Report of the Indian Hemp Drugs Commission, 1894-1895 - Volume IV
Year: 1894
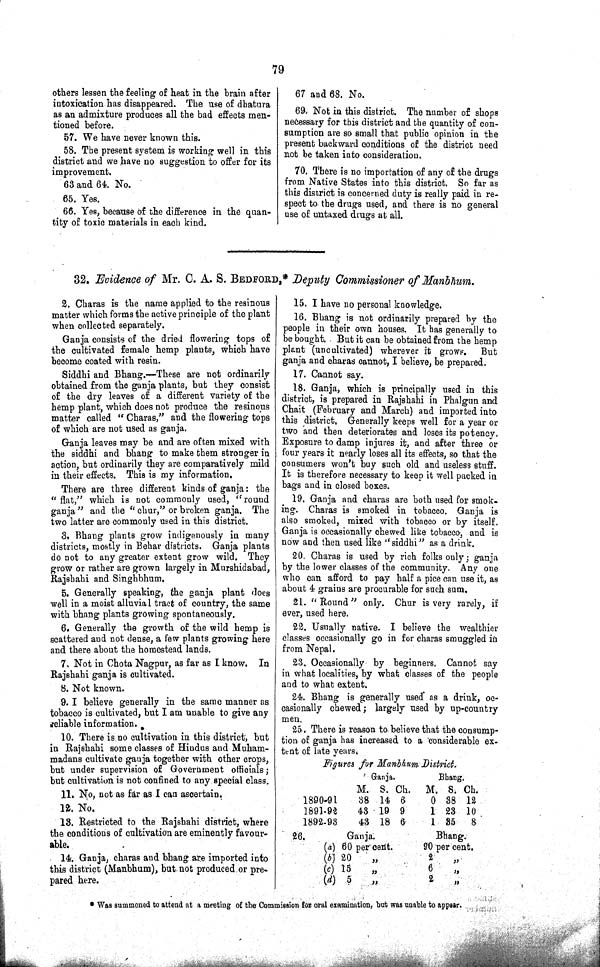
79
others lessen the feeling of heat in the brain after
intoxication has disappeared. The use of dhatura
as an admixture produces all the bad effects men¬
tioned before.
57. We have never known this.
58. The present system is working well in this
district and we have no suggestion to offer for its
improvement.
63 and 64. No.
65. Yes.
66. Yes, because of the difference in the quan¬
tity of toxic materials in each kind.
67 and 68. No.
69. Not in this district. The number of shops
necessary for this district and the quantity of con¬
sumption are so small that public opinion in the
present backward conditions of the district need
not be taken into consideration.
70. There is no importation of any of the drugs
from Native States into this district. So far as
this district is concerned duty is really paid in re¬
spect to the drugs used, and there is no general
use of untaxed drugs at all.
32. Evidence of Mr. C. A. S. BEDFORD,* Deputy Commissioner of Manbhum.
2. Charas is the name applied to the resinous
matter which forms the active principle of the plant
when collected separately.
Ganja consists of the dried flowering tops of
the cultivated female hemp plants, which have
become coated with resin.
Siddhi and Bhang.—These are not ordinarily
obtained from the ganja plants, but they consist
of the dry leaves of a different variety of the
hemp plant, which does not produce the resinous
matter called "Charas," and the flowering tops
of which are not used as ganja.
Ganja leaves may be and are often mixed with
the siddhi and bhang to make them stronger in
action, but ordinarily they are comparatively mild
in their effects. This is my information.
There are three different kinds of ganja: the
"flat," which is not commonly used, "round
ganja" and the "chur," or broken ganja. The
two latter are commonly used in this district.
3. Bhang plants grow indigenously in many
districts, mostly in Behar districts. Ganja plants
do not to any greater extent grow wild. They
grow or rather are grown largely in Murshidabad,
Rajshahi and Singhbhum.
5. Generally speaking, the ganja plant does
well in a moist alluvial tract of country, the same
with bhang plants growing spontaneously.
6. Generally the growth of the wild hemp is
scattered and not dense, a few plants growing here
and there about the homestead lands.
7. Not in Chota Nagpur, as far as I know. In
Rajshahi ganja is cultivated.
8. Not known.
9. I believe generally in the same manner as
tobacco is cultivated, but I am unable to give any
reliable information.
10. There is no cultivation in this district, but
in Rajshahi some classes of Hindus and Muham-
madans cultivate ganja together with other crops,
but under supervision of Government officials;
but cultivation is not confined to any special class.
11. No, not as far as I can ascertain.
12. No.
13. Restricted to the Rajshahi district, where
the conditions of cultivation are eminently favour¬
able.
14. Ganja, charas and bhang are imported into
this district (Manbhum), but not produced or pre¬
pared here.
15. I have no personal knowledge.
16. Bhang is not ordinarily prepared by the
people in their own houses. It has generally to
be bought. But it can be obtained from the hemp
plant (uncultivated) wherever it grows. But
ganja and charas cannot, I believe, be prepared.
17. Cannot say.
18. Ganja, which is principally used in this
district, is prepared in Rajshahi in Phalgun and
Chait (February and March) and imported into
this district. Generally keeps well for a year or
two and then deteriorates and loses its potency.
Exposure to damp injures it, and after three or
four years it nearly loses all its effects, so that the
consumers won't buy such old and useless stuff.
It is therefore necessary to keep it well packed in
bags and in closed boxes.
19. Ganja and charas are both used for smok-
ing. Charas is smoked in tobacco. Ganja is
also smoked, mixed with tobacco or by itself.
Ganja is occasionally chewed like tobacco, and is
now and then used like "siddhi" as a drink.
20. Charas is used by rich folks only; ganja
by the lower classes of the community. Any one
who can afford to pay half a pice can use it, as
about 4 grains are procurable for such sum.
21. "Round" only. Chur is very rarely, if
ever, used here.
22. Usually native. I believe the wealthier
classes occasionally go in for charas smuggled in
from Nepal.
23. Occasionally by beginners. Cannot say
in what localities, by what classes of the people
and to what extent.
24. Bhang is generally used as a drink, oc¬
casionally chewed; largely used by up-country
men.
25. There is reason to. believe that the consump¬
tion of ganja has increased to a considerable ex-
tent of late years.
Figures for Manbhum District.
Ganja.
Bhang.
M. S. Ch. M. S. Ch.
1890-91
38 14 6
0 38 12
1891-92
43 19 9
1 23 10
1892-93
43 18 6
1 35 8
26.
Ganja.
Bhang.
(a) 60 per cent.
90 per cent.
(b) 20
"
2 "
(c) 15
"
6 "
(d) 5
"
2 "
*Was summoned to attend at a meeting of the Commission for oral examination, but was unable to appear.